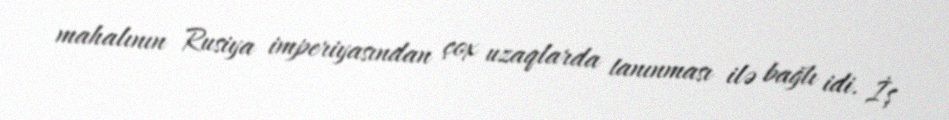
mahalının Rusiya imperiyasından çox uzaqlarda tanınması ilə bağlı idi. İş